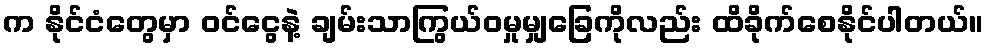
က နိုင်ငံတွေမှာ ၀င်ငွေနဲ့ ချမ်းသာကြွယ်ဝမှုမျှခြေကိုလည်း ထိခိုက်စေနိုင်ပါတယ်။